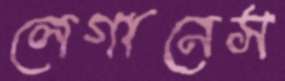
লেগানেস